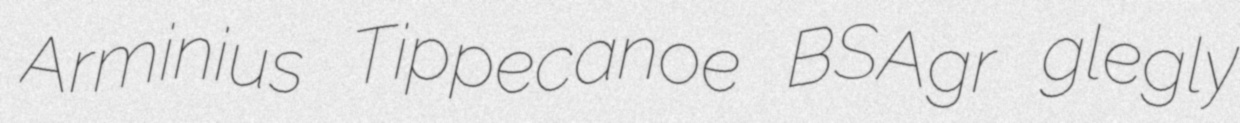
Arminius Tippecanoe BSAgr glegly